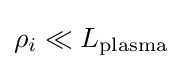
\rho _{i}\ll L_{\text{plasma}}